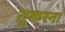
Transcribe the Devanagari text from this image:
तुकरना